[Report on the health of British troops in the Madras command]
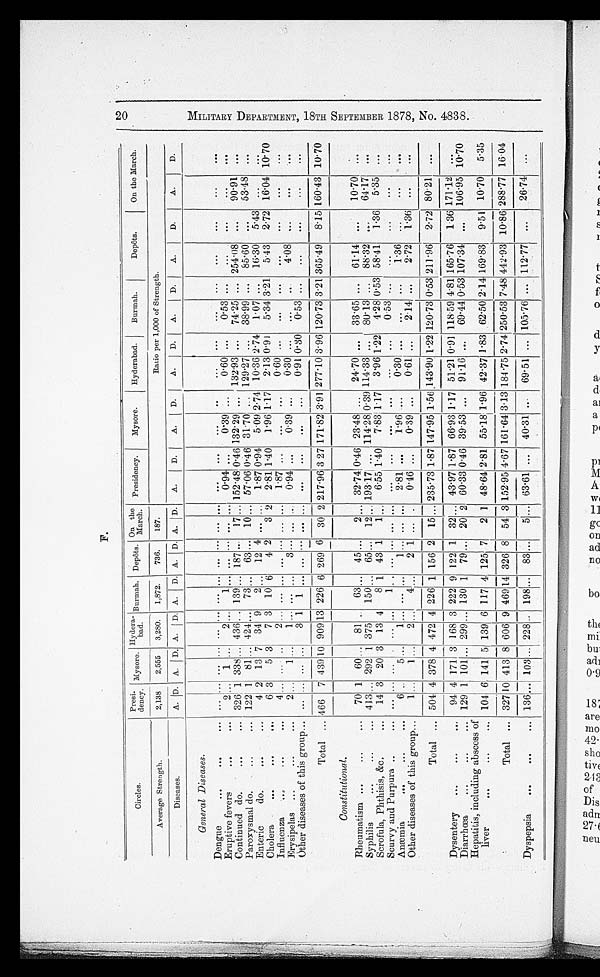
F.
Circles.
Presidency. Mysore. H y d e r a b a d
Burmah. Depôts. On the March.
Presidency.
Mysore.
Hyderabad.
Burmah.
Depôts. On the March.
Average Strength.
2,138
2,555
3,280.
1,872.
7 3 6 .
187.
Ratio per 1,000 of Strength.
Diseases.
A.
D. A. D. A. D. A. D. A. D. A D. A.
D. A. D. A. D.. A. D. A. D. A. D.
General Diseases.
Dengue
Eruptive fevers
2..
1
2
1
0·91
0·39
0·60
0·53
Continued do
326 1 338
436
139
187
17
152·48 0·46 132·29
132·93
74·25
254·08
90·91
Paroxysmal do
122 1 81
424
73
63
10
57·06 0·46 31·70
129·27
38·99
85·60
63·48
Enteric
do
4 2 13 7 34 9
2
12 4
1·87 0·94
5·09 2·74 10·36 2·74
1·07
16·30
5·43
Cholera
6 3
5 3
7 3 10 6
4 2
3 2
2 . 81 1·40
1·96 1·17
2·13 0·91
5·34 3·21
5·43
2·72 16·04 10·70
Influenza
4
2
1 · 8 7
0 · 6 0
Erysipelas
2
1
1
3
0·94
0·39
0 · 3 0
4·08
Other diseases of this group
3 1 1
0·91 0·30
0·53
Total
Constitutional.
466 7 439 1 0
909 1 3
226 6 269 6 30 2 217·96 3·27 171·82 3. 91 277·10 3·96 120·73 3·21 365·49
8·15 160 . 43 10·70
Rheumatism
70 1 60
81
63
45
2
32·74 0·46 23·48
24·70
33·65
61·14
10·70
Syphilis
413
292 1 375
150
65
12
193·17
114·28 0·39 114·33
80·13
88·32
64·17
Scrofula, Phthisis, &c,
14 3 20 3 13 4
8 1 43 1
1
7 . 83 1 . 17
3·96 1·22
4·28 0·53 58·41
1·36
5 . 35
Scurvy and Purpura
1
0·53
Anæmia
6
5
1
1
2.81
1·96
0·30
1·36
Other diseases of this group
1
1
2
4
2
1
0 · 4 6
0 . 39
0 . 61
2·14
2·72
1 . 36
Total
504 4 378 4 472 4 226 1 156 2 15
235 . 73 1·87 147·95 1·56 143·90 1·22 120.73 0.53
2 · 7 2 80·21
Dysentery
94 4 171 3 168 3 222 9 122 1
3 2
43·97 1·87 66 . 93 1·17 51·21 0·91 118·59 4 . 81 165.76
1.36 171·12
Diarrhœ a
129 1 101
299
130 1 79
20 2 60·33 0·46 39·53
91 . 16
69·44 0·53 107 . 34
106 . 95 10.70
Total
327 10 413 8 606 9 469
1 4 326 8 54 3 152·95 4·67 161·64 3·13 184·75 2·74 250·53 7·48 442·93 10·86 288·77 16·04
Dyspepsia
136
103
228
198
83
5
63·61
40·31
69·51
105·76
112·77
26·74